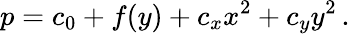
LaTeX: p=c_{0}+f(y)+c_{x}x^{2}+c_{y}y^{2}\, .